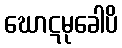
ဃောဋမုခေါပိ